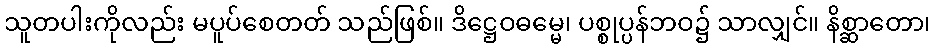
သူတပါးကိုလည်း မပူပ်စေတတ် သည်ဖြစ်။ ဒိဋ္ဌေဝဓမ္မေ၊ ပစ္စုပ္ပန်ဘဝ၌ သာလျှင်။ နိစ္ဆာတော၊